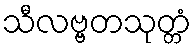
သီလဗ္ဗတသုတ္တံ